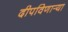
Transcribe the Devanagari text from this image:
दीपविणार्‍या